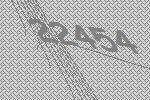
22454